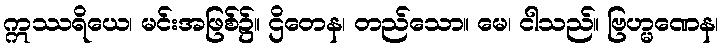
ဣဿရိယေ၊ မင်းအဖြစ်၌။ ဌိတေန၊ တည်သော။ မေ၊ ငါသည်။ ဗြဟ္မဏေန၊